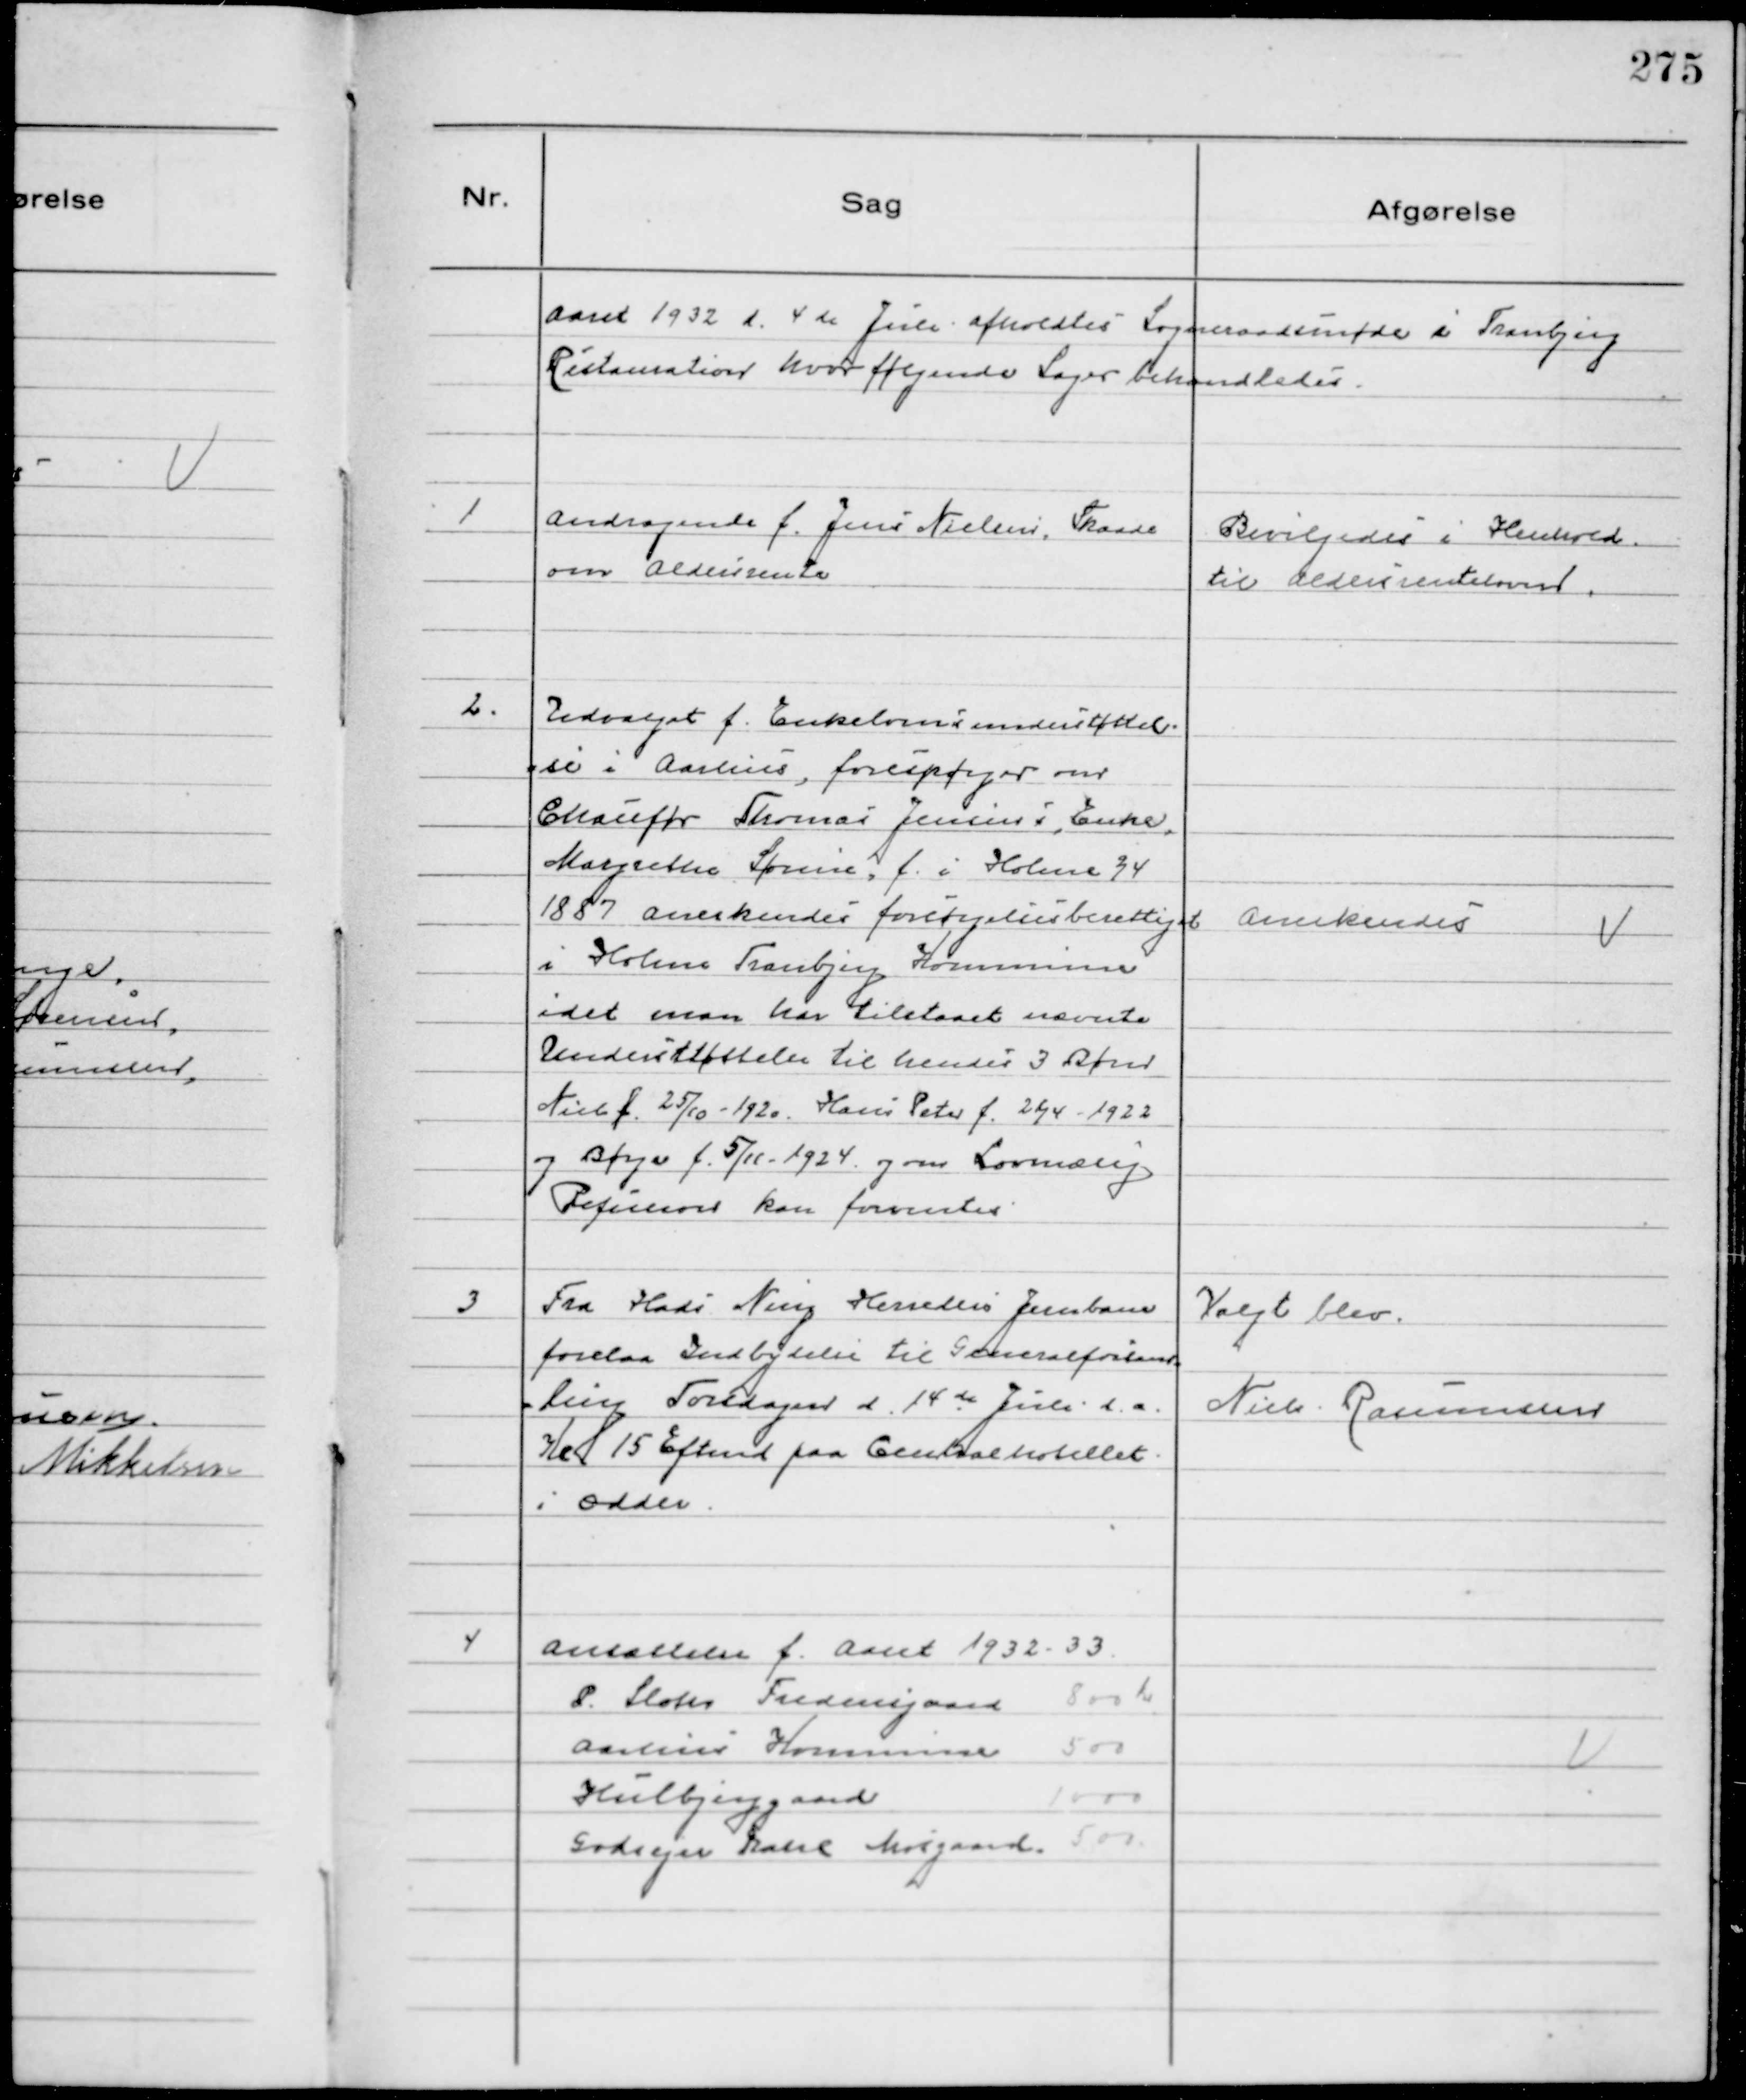
Transskription:
Aaret 1932 d. 4de Juli afholdtes Sogneradsmøde i Tranbjerg
Restauration hvor følgende Sager behandledes

1
Andragende f. Jens Nielsen, Skaade
om Aldersrente

Bevilgedes i Henhold
til Aldersrenteloven.

2.
Udvalget f. Enkelovsunderstøttel-
se i Aarhus, forespørger om
Chauffør Thomas Jensens, Enke,
Margrethe Sørine, f. i Holme 2/4
1887 anerkendes forsørgelsesberettiget
i Holme Tranbjerg Kommune
idet man har tilstaaet nævnte
Understøttelse til hendes 3 Børn
Niels f. 25/10 - 1920. Hans Peter f. 21/4 - 1922
og Børge f. 5/11 - 1924 og om Lovmæssig
Refusion kan forventes

Anerkendes

3
Fra Hads Ning Herreders Jernbane
forelaa Indbydelse til Generalforsam-
ling Torsdagen d. 14de Juli d.a.
Kl. 15 Eftmd paa Centralhotellet
i Odder.

Valgt blev
Niels Rasmussen

4
Ansættelse f. Aaret 1932-33
P. Sloth Fredensgaard 800 Kr
Aarhus Kommune 500
Hulbjerggaard 1000
Godsejer Hans Mosgaard 500